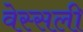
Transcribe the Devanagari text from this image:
वेस्सली